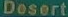
Desert